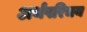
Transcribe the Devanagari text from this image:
अर्थपरिचय